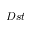
D s t